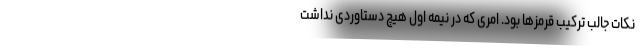
نکات جالب ترکیب قرمزها بود. امری که در نیمه اول هیچ دستاوردی نداشت